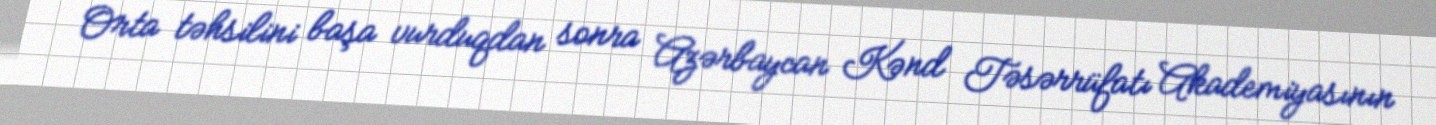
Orta təhsilini başa vurduqdan sonra Azərbaycan Kənd Təsərrüfatı Akademiyasının